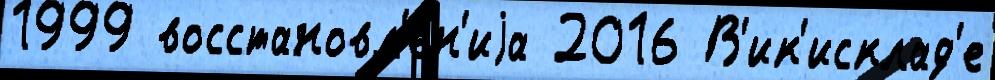
1999 восстановл'е́н'иjа 2016 В'ик'исклад'е